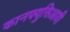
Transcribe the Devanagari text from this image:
कानफ्युसिआयी